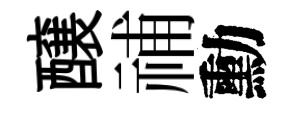
醸𥙷勳